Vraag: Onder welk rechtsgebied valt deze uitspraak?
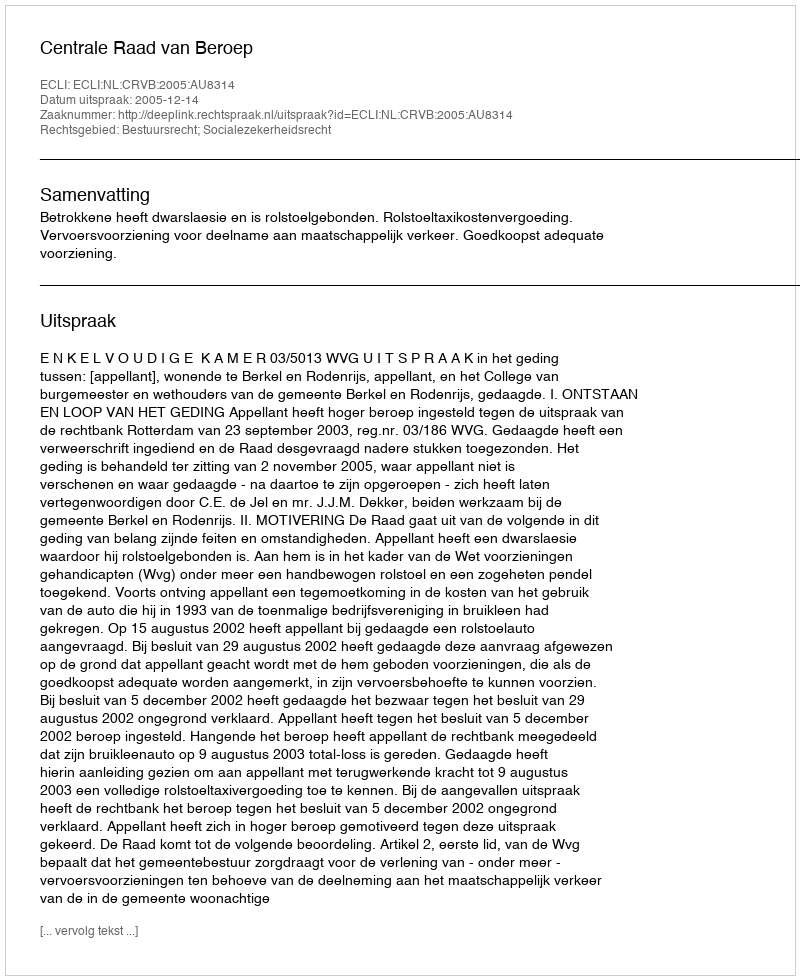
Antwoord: Bestuursrecht; Socialezekerheidsrecht